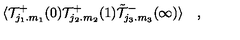
\langle { \cal T } _ { j _ { 1 } . m _ { 1 } } ^ { + } ( 0 ) { \cal T } _ { j _ { 2 } . m _ { 2 } } ^ { + } ( 1 ) \tilde { \cal T } _ { j _ { 3 } . m _ { 3 } } ^ { - } ( \infty ) \rangle \quad ,